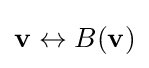
\mathbf {v} \leftrightarrow B(\mathbf {v} )